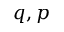
q , p